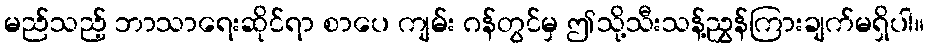
မည်သည့် ဘာသာရေးဆိုင်ရာ စာပေ ကျမ်း ဂန်တွင်မှ ဤသို့သီးသန့်ညွှန်ကြားချက်မရှိပါ။